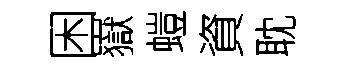
困嶽螘資耽